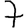
Digit: 7